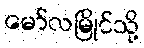
မော်လမြိုင်သို့